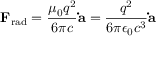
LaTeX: \mathbf { F } _ { \mathrm { r a d } } = { \frac { \mu _ { 0 } q ^ { 2 } } { 6 \pi c } } \mathbf { \dot { a } } = { \frac { q ^ { 2 } } { 6 \pi \epsilon _ { 0 } c ^ { 3 } } } \mathbf { \dot { a } }